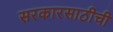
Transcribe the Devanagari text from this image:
सरकारसाठीची